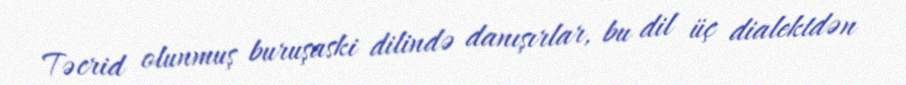
Təcrid olunmuş buruşaski dilində danışırlar, bu dil üç dialektdən